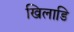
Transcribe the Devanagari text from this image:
खिलाडि